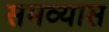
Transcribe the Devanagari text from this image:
समव्यास